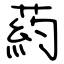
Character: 葯